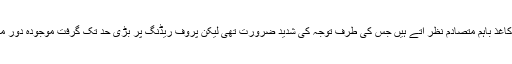
مضامین کی ندرت اور موضوع کی حساسیت اور اہمیت کےپیش نظر کمزور طباعت اور غیر معیاری کاغذ باہم متصادم نظر آتے ہیں جس کی طرف توجہ کی شدید ضرورت تھی لیکن پروف ریڈنگ پر بڑی حد تک گرفت موجودہ دور میں شائع ہونے والی اکثر کتابوں کے ہولناک نتائج کے اعتبار سے ایک کرشماتی عمل محسوس ہوتا ہے ۔